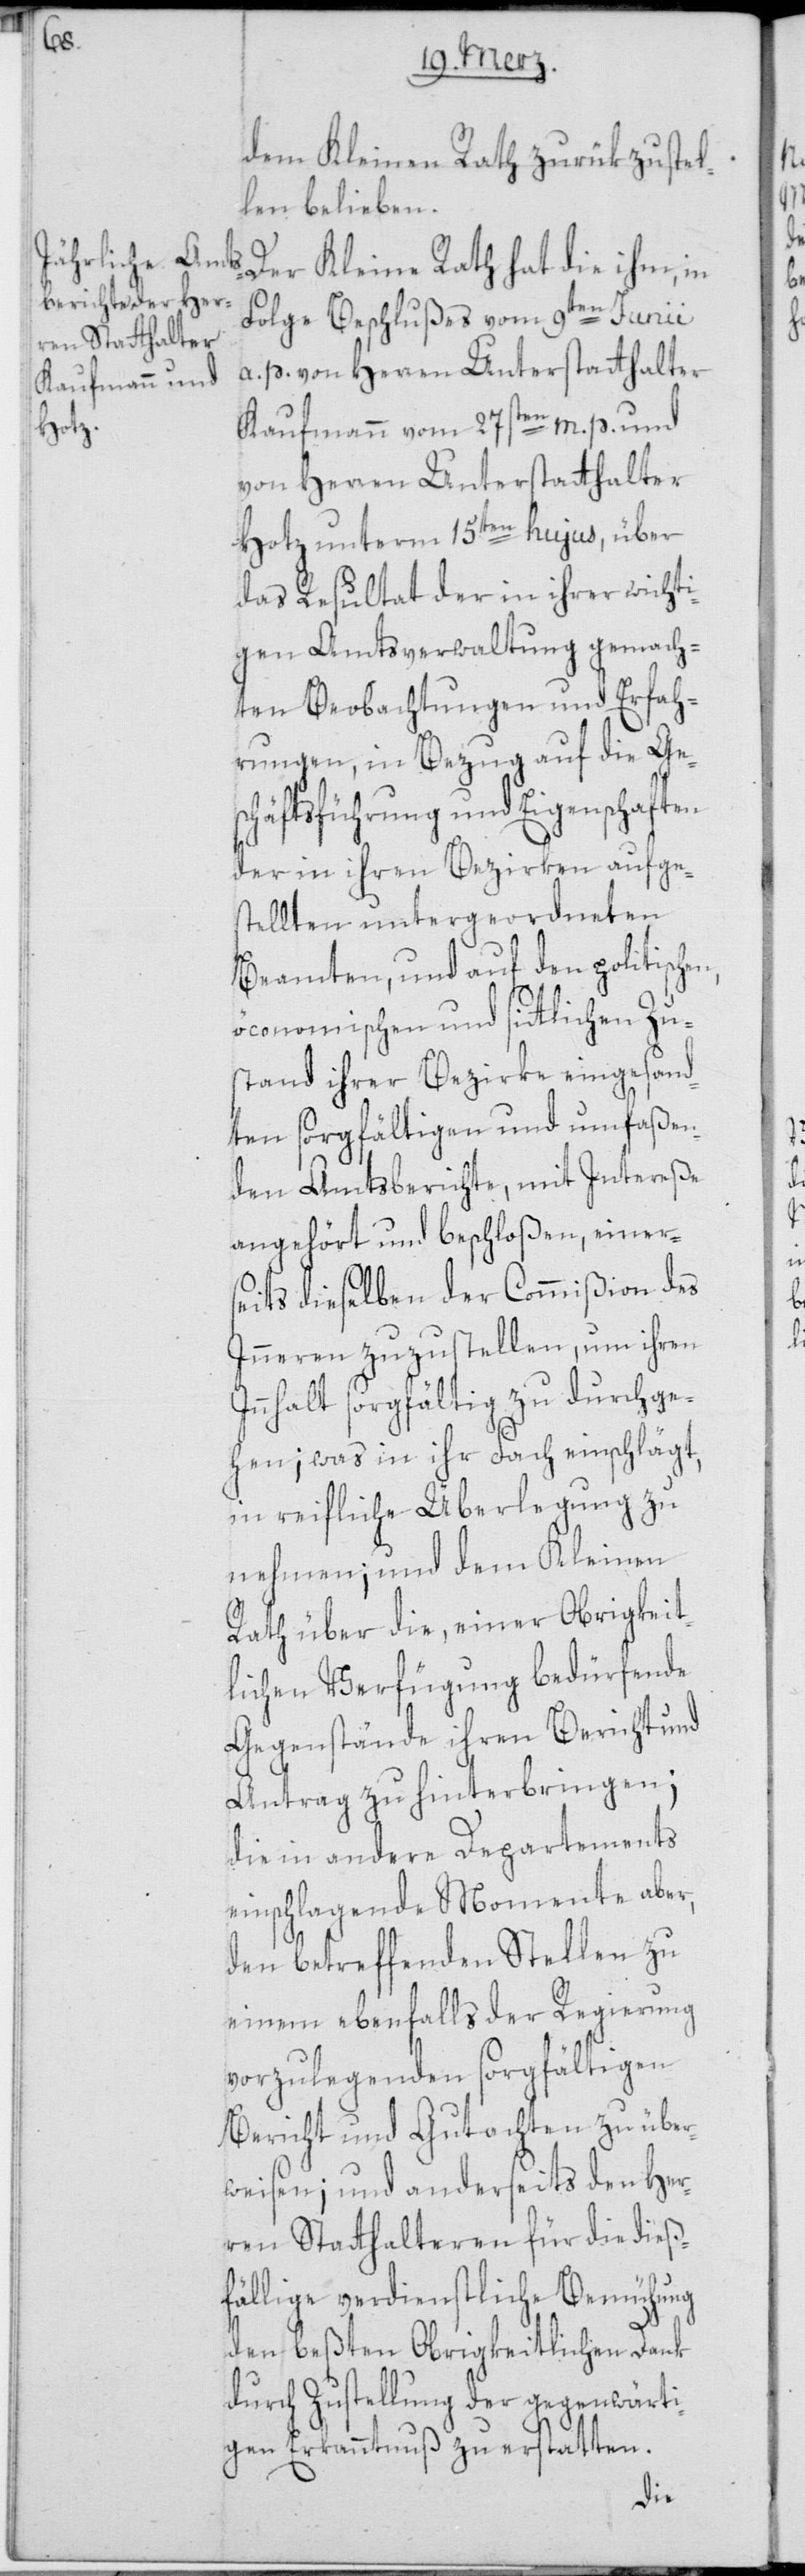
dem Kleinen Rath zurükzustel¬
len belieben.
Der Kleine Rath hat die ihm, in
Folge Beschlußes vom 9ten Junii
a. p. von Herren Unterstatthalter
Kaufmann vom 27sten m. p. und
von Herren Unterstatthalter
Hotz unterm 15ten hujus, über
das Resultat der in ihrer wichti¬
gen Amtsverwaltung gemach¬
ten Beobachtungen und Erfah¬
rungen, in Bezug auf die Ge¬
schäftsführung und Eigenschaften
der in ihren Bezirken aufge¬
stellten untergeordneten
Beamten, und auf den politischen,
öconomischen und sittlichen Zu¬
stand ihrer Bezirke eingesand¬
ten sorgfältigen und umfaßen¬
den Amtsberichte, mit Intereße
angehört und beschloßen, einer¬
seits dieselben der Commißion des
Inneren zuzustellen, um ihren
Innhalt sorgfältig zu durchge¬
hen; was in ihr Fach einschlägt,
in reifliche Überlegung zu
nehmen; und dem Kleinen
Rath über die, einer Obrigkeit¬
lichen Verfügung bedürfende
Gegenstände ihren Bericht und
Antrag zu hinterbringen;
die in andere Departements
einschlagende Momente aber,
den betreffenden Stellen zu
einem ebenfalls der Regierung
vorzulegenden sorgfältigen
Bericht und Gutachten zu über¬
weisen; und anderseits den Her¬
ren Statthalteren für die dieß¬
fällige verdienstliche Bemühung
den beßten Obrigkeitlichen Dank
durch Zustellung der gegenwärti¬
gen Erkanntnuß zu erstatten.